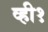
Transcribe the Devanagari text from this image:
व्ही१